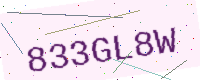
Text: 833GL8W